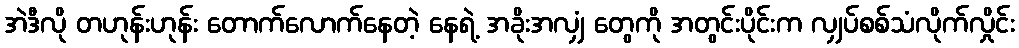
အဲဒီလို တဟုန်းဟုန်း တောက်လောက်နေတဲ့ နေရဲ့ အခိုးအလျှံ တွေကို အတွင်းပိုင်းက လျှပ်စစ်သံလိုက်လှိုင်း